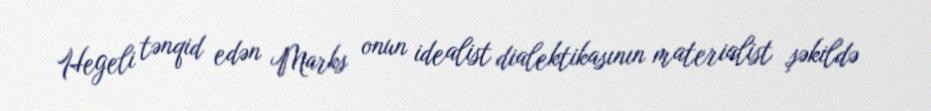
Hegeli tənqid edən Marks onun idealist dialektikasının materialist şəkildə